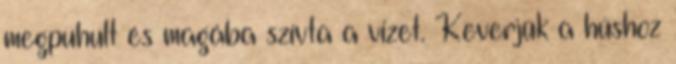
megpuhult és magába szívta a vizet. Keverjük a húshoz